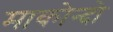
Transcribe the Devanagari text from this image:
माकोन्दो